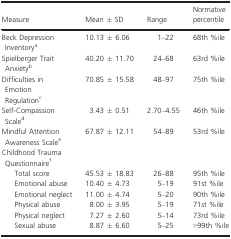
| Measure | Mean ± SD | Range | Normative percentile |
 | --- | --- | --- | --- |
 | Beck Depression Inventorya | 10.13 ± 6.06 | 1–22 | 68th %ile |
 | Spielberger Trait Anxietyb | 40.20 ± 11.70 | 24–68 | 63rd %ile |
 | Difficulties in Emotion Regulationc | 70.85 ± 15.58 | 48–97 | 75th %ile |
 | Self-Compassion Scaled | 3.43 ± 0.51 | 2.70–4.55 | 46th %ile |
 | Mindful Attention Awareness Scalee | 67.87 ± 12.11 | 54–89 | 53rd %ile |
 | <COLSPAN=4> Childhood Trauma Questionnairef |
 | Total score | 45.53 ± 18.83 | 26–88 | 95th %ile |
 | Emotional abuse | 10.40 ± 4.73 | 5–19 | 91st %ile |
 | Emotional neglect | 11.00 ± 4.74 | 5–20 | 90th %ile |
 | Physical abuse | 8.00 ± 3.95 | 5–19 | 71st %ile |
 | Physical neglect | 7.27 ± 2.60 | 5–14 | 73rd %ile |
 | Sexual abuse | 8.87 ± 6.60 | 5–25 | >99th %ile |